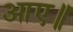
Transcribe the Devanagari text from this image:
आए॥